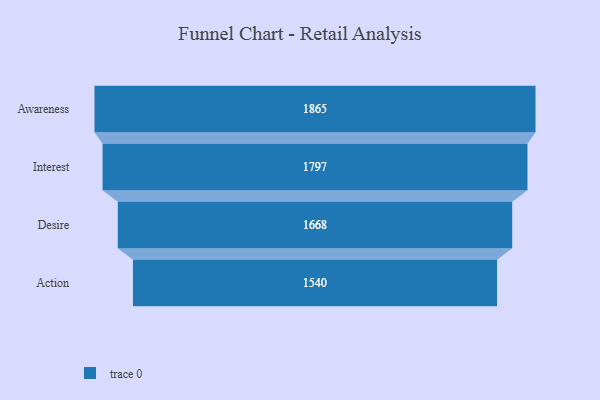
{"axis": {"x": "Stage", "y": "Value"}, "legend": [""], "data": [{"x": "Awareness", "y": 1865.0, "type": ""}, {"x": "Interest", "y": 1797.0, "type": ""}, {"x": "Desire", "y": 1668.0, "type": ""}, {"x": "Action", "y": 1540.0, "type": ""}]}